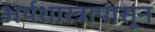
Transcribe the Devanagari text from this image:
अर्थशास्त्रापासून